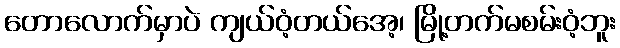
တောလောက်မှာပဲ ကျယ်ဝံ့တယ်အေ့၊ မြို့တက်မစမ်းဝံ့ဘူး